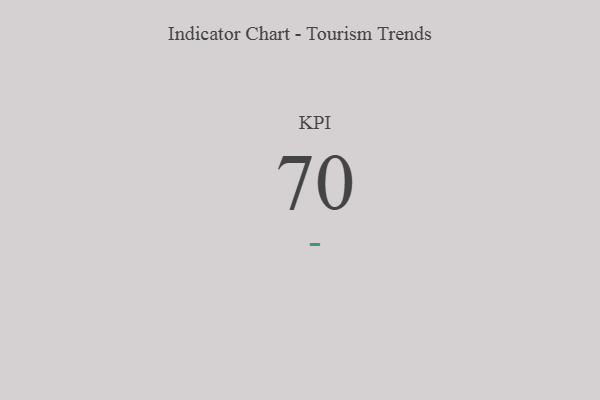
{"axis": {"x": "KPI", "y": "Value"}, "legend": [""], "data": [{"x": "KPI", "y": 70, "type": ""}]}